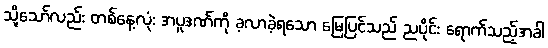
သို့သော်လည်း တစ်နေ့လုံး အပူဒဏ်ကို ခ့လာခဲ့ရသော မြေပြင်သည် ညပိုင်း ရောက်သည့်အခါ